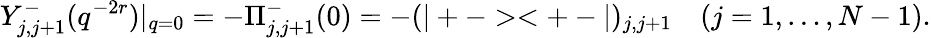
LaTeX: Y_{j,j+1}^{-}(q^{-2r})|_{q=0}=-\Pi_{j,j+1}^{-}(0)=-(|+-><+-|)_{j,j+1}\quad(j=1,\dots,N-1).